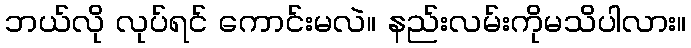
ဘယ်လို လုပ်ရင် ကောင်းမလဲ။ နည်းလမ်းကိုမသိပါလား။